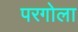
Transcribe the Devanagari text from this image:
परगोला